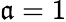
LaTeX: \mathfrak{a}=1